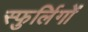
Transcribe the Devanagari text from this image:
स्फुर्लिगों